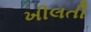
ખીલતી